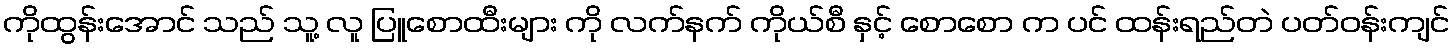
ကိုထွန်းအောင် သည် သူ့ လူ ပြူစောထီးများ ကို လက်နက် ကိုယ်စီ နှင့် စောစော က ပင် ထန်းရည်တဲ ပတ်ဝန်းကျင်